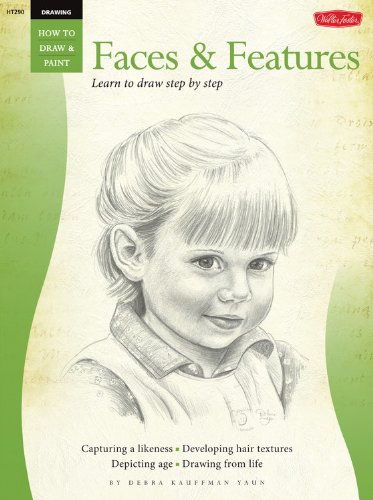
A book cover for Drawing: Faces & Features: Learn to draw step by step (How to Draw & Paint); Debra Kaufman Yaun; Arts & Photography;